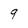
Character: 9